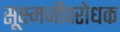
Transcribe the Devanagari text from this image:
सूक्ष्मजीवरोधक